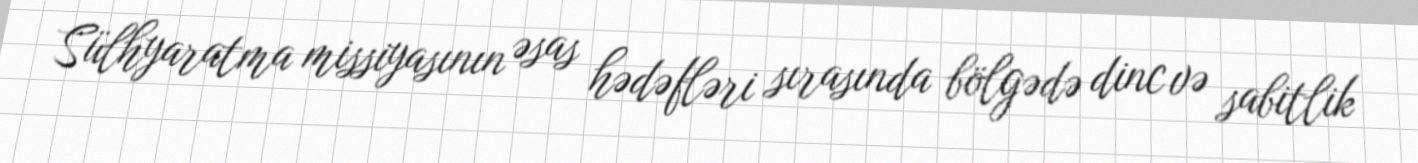
Sülhyaratma missiyasının əsas hədəfləri sırasında bölgədə dinc və sabitlik